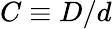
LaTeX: C\equiv D/d